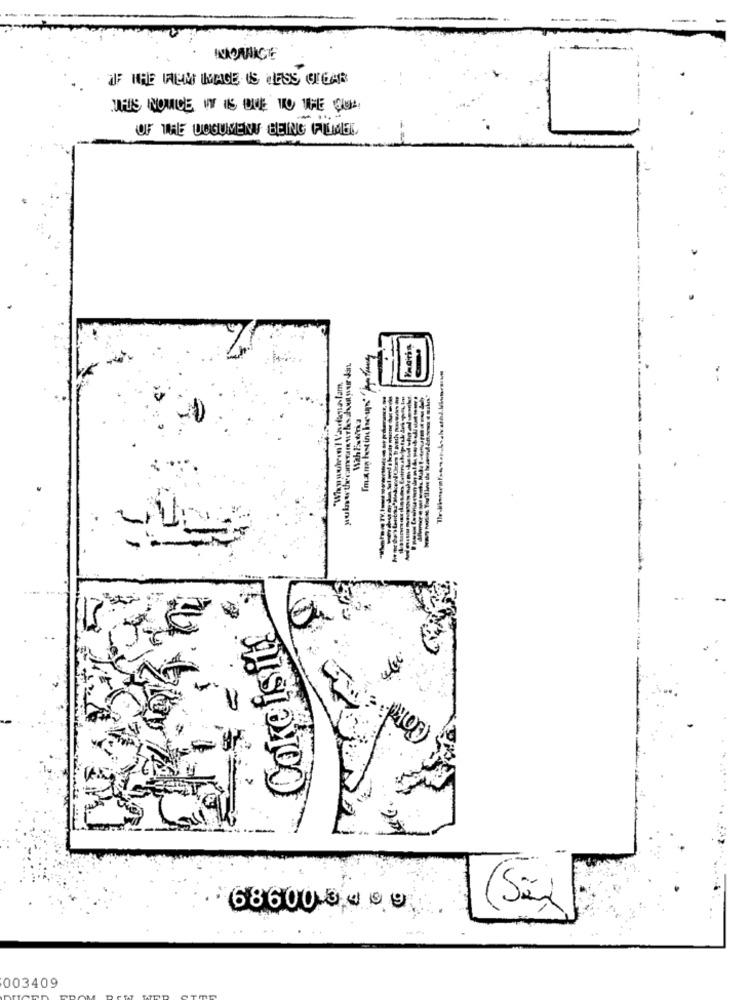
OFF THE IREM IMAGE IS HESS CIGAR
THIS NOTICE IT IS DUE TO THE QUI
OF THE USGUMENT BEING FILMMEL
"When woreen I Vanligna-Tam.
2
Ookcisits
6860034 09
(Si)
003409